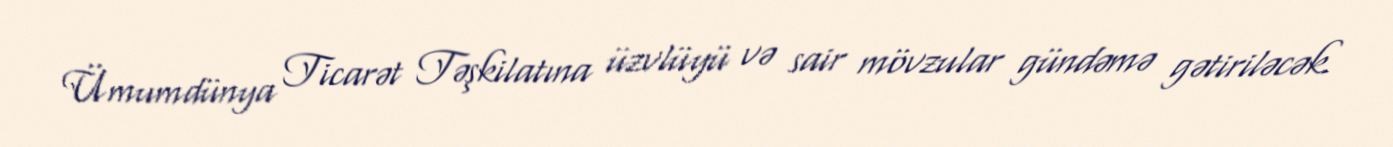
Ümumdünya Ticarət Təşkilatına üzvlüyü və sair mövzular gündəmə gətiriləcək.